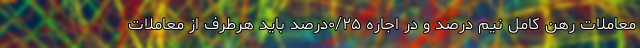
معاملات رهن کامل نیم درصد و در اجاره ۰/۲۵درصد باید هرطرف از معاملات